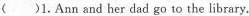
()1. Ann and her dad go to the library.